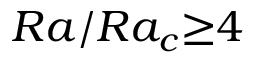
R a / R a _ { c } { \ge } 4